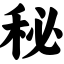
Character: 秘